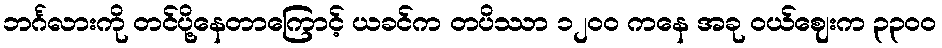
ဘင်္ဂလားကို တင်ပို့နေတာကြောင့် ယခင်က တပိဿာ ၁၂၀၀ ကနေ အခု ဝယ်ဈေးက ၃၃၀၀